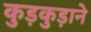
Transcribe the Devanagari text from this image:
कुड़कुड़ाने